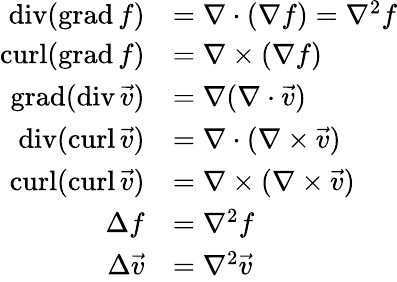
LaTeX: {\begin{array}{rl}{\operatorname{div}(\operatorname{grad}f)}&{=\nabla\cdot(\nabla f)=\nabla^{2}f}\\ {\operatorname{curl}(\operatorname{grad}f)}&{=\nabla\times(\nabla f)}\\ {\operatorname{grad}(\operatorname{div}{\vec{v}})}&{=\nabla(\nabla\cdot{\vec{v}})}\\ {\operatorname{div}(\operatorname{curl}{\vec{v}})}&{=\nabla\cdot(\nabla\times{\vec{v}})}\\ {\operatorname{curl}(\operatorname{curl}{\vec{v}})}&{=\nabla\times(\nabla\times{\vec{v}})}\\ {\Delta f}&{=\nabla^{2}f}\\ {\Delta{\vec{v}}}&{=\nabla^{2}{\vec{v}}}\end{array}}